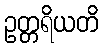
ဥတ္တရိယတိ